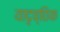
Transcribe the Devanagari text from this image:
यादृच्‍छिक